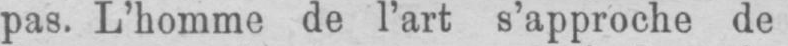
pas. L’homme de l’art s’approche de